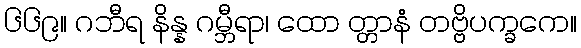
၆၆၉။ ဂဘီရ နိန္န ဂမ္ဘီရာ၊ ထော တ္တာနံ တဗ္ဗိပက္ခကေ။